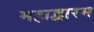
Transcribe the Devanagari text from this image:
महाद्वारम